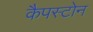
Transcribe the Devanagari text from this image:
कैपस्टोन